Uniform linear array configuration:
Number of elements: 64
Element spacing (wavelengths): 0.75
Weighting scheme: hann
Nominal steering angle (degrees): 15
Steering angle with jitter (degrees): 16.844
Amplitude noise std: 0.05
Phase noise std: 0.05

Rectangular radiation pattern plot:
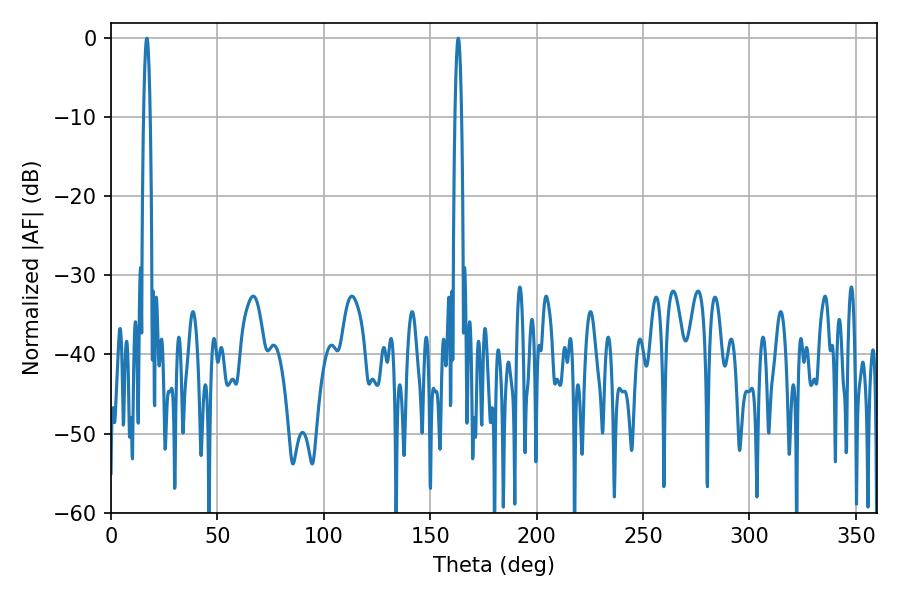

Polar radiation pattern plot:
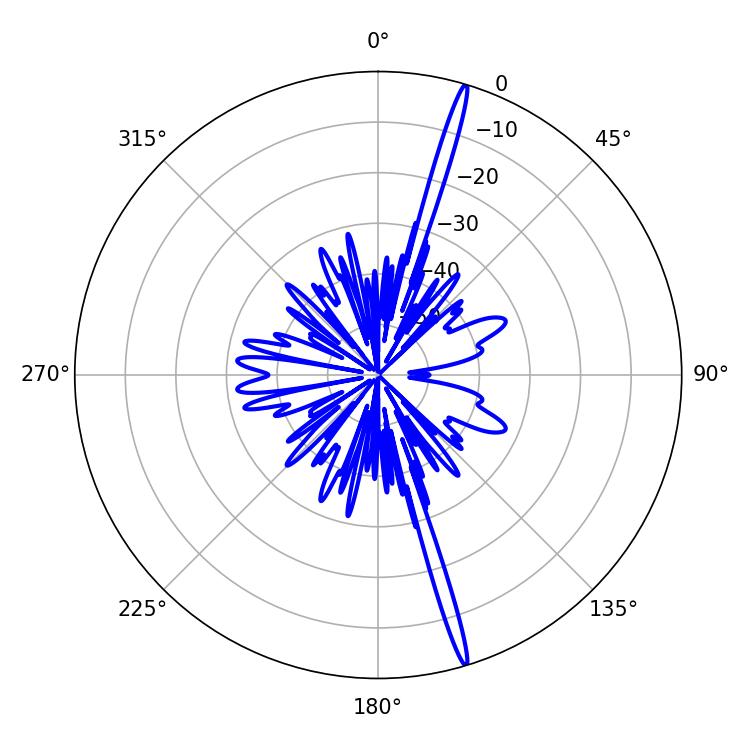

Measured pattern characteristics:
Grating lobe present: TRUE
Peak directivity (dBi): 20.198
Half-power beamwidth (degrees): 1.62
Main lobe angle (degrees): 163.08